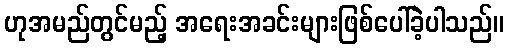
ဟုအမည်တွင်မည့် အရေးအခင်းများဖြစ်ပေါ်ခဲ့ပါသည်။